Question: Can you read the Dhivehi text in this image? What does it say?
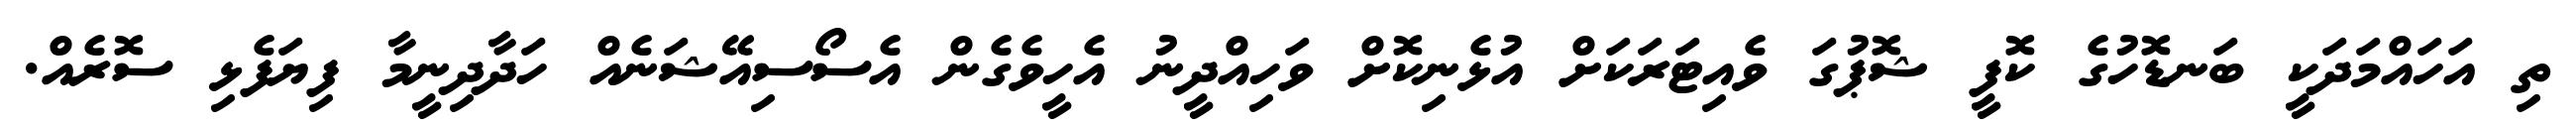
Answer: ތި އަހައްމަދަކީ ބަނޑޮހުގެ ކޮފީ ޝޮޕުގަ ވެއިޓަރަކަށް އުޅެނިކޮށް ވަހިއްދީނު އެހީވެގެން އެސޯސިއޭޝަނެއް ހަދާދިނީމާ ފިޔަފެޅި ސޮރެއް.